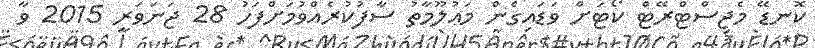
ކޮނޑޭ މެޖިސްޓްރޭޓް ކޯޓަށް ވަޑައިގެން މަޢުލޫމާތު ސާފުކުރެއްވުމަށްފަހު 28 ޖަނަވަރީ 2015 ވާ